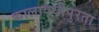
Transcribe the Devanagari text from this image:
कालावधीपुरता